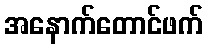
အနောက်တောင်ဖက်